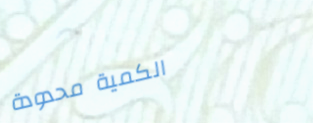
الكمية محدودة